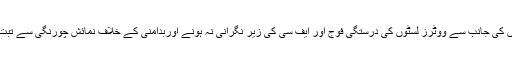
کراچی میں اپوزیشن جماعتوں کی جانب سے ووٹرز لسٹوں کی درستگی فوج اور ایف سی کی زیر نگرانی نہ ہونے اوربدامنی کے خلاف نمائش چورنگی سے تبت سینٹر تک عوامی مارچ ہوا۔